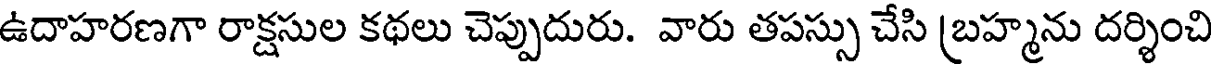
ఉదాహరణగా రాక్షసుల కథలు చెప్పుదురు. వారు తపస్సు చేసి (బహ్మను దర్శించి